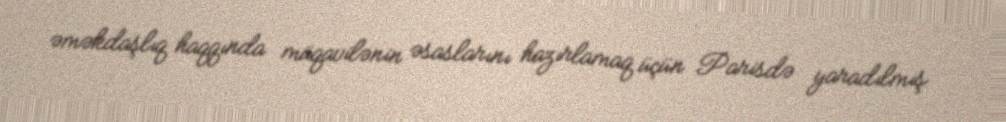
əməkdaşlıq haqqında müqavilənin əsaslarını hazırlamaq üçün Parisdə yaradılmış